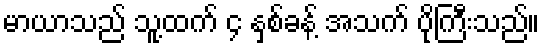
မာယာသည် သူ့ထက် ၄ နှစ်ခန့် အသက် ပိုကြီးသည်။